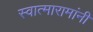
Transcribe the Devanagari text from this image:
स्वात्मारामांनी